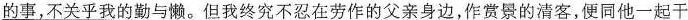
\underline{的事，不关乎我的勤与懒。}但我终究不忍在劳作的父亲身边，作赏景的清客，便同他一起干